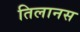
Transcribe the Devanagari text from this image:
तिलानस